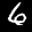
Label: 6